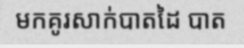
មកគូរសាក់បាតដៃ បាត